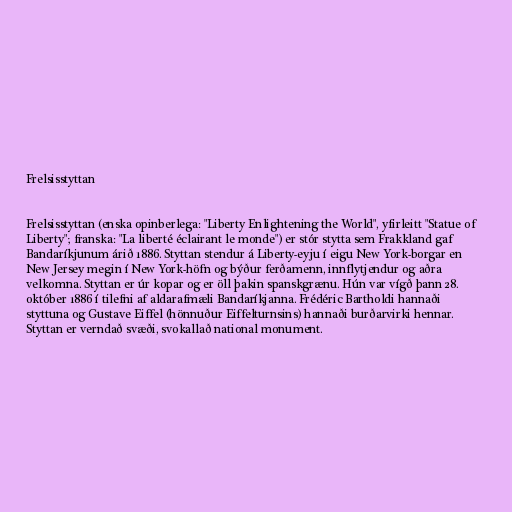
Frelsisstyttan

Frelsisstyttan (enska opinberlega: "Liberty Enlightening the World", yfirleitt "Statue of
Liberty"; franska: "La liberté éclairant le monde") er stór stytta sem Frakkland gaf
Bandaríkjunum árið 1886. Styttan stendur á Liberty-eyju í eigu New York-borgar en
New Jersey megin í New York-höfn og býður ferðamenn, innflytjendur og aðra
velkomna. Styttan er úr kopar og er öll þakin spanskgrænu. Hún var vígð þann 28.
október 1886 í tilefni af aldarafmæli Bandaríkjanna. Frédéric Bartholdi hannaði
styttuna og Gustave Eiffel (hönnuður Eiffelturnsins) hannaði burðarvirki hennar.
Styttan er verndað svæði, svokallað national monument.